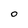
Character: 0